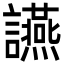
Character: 讌